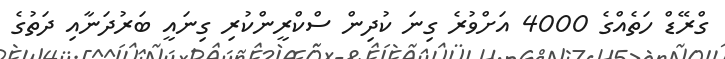
ގްރޭޑް ހަތެއްގެ 4000 އަށްވުރެ ގިނަ ކުދިން ސްކްރީންކުރި ގިނައީ ބަރުދަނާއި ދަތުގެ